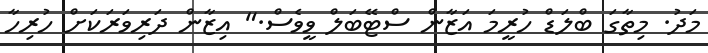
މަދު. މިތާގަ ބްލަޑް ހުރީމަ އަޒާން ސްޓޭބަލް ވީވެސް." އިޒާން ދަރިވަރަކަށް ހުރިހާ